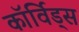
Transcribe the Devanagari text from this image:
कॉर्विड्स